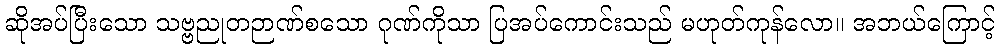
ဆိုအပ်ပြီးသော သဗ္ဗညုတဉာဏ်စသော ဂုဏ်ကိုသာ ပြအပ်ကောင်းသည် မဟုတ်ကုန်လော။ အဘယ်ကြောင့်